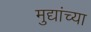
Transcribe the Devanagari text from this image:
मुद्यांच्या